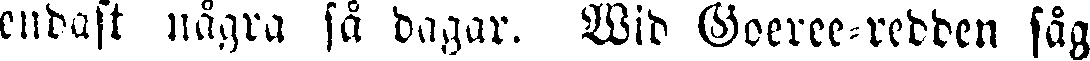
endast några så dagar. Wid Goeree-redden såg